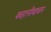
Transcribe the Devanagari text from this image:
कहानीवाचन